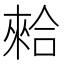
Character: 𠎙